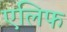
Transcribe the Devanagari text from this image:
एलिफ